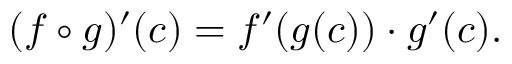
( f \circ g ) ^ { \prime } ( c ) = f ^ { \prime } ( g ( c ) ) \cdot g ^ { \prime } ( c ) .